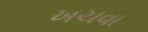
ખચવા